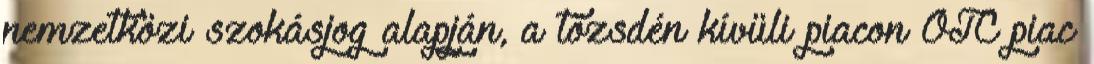
nemzetközi szokásjog alapján, a tőzsdén kívüli piacon OTC piac